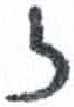
אות: ז